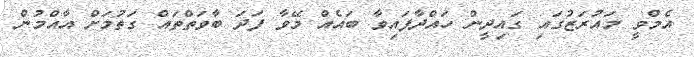
އެމްވީ މައުރަޒުގައި ގައިދީން ހައްދާފައިވާ ބައެއް މޭވާ ފަދަ ބާވަތްތައް ގަތުމަށް އާއްމުން